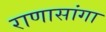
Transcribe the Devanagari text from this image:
राणासांगा